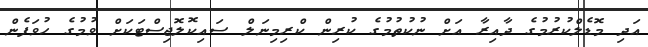
އަދި މޮޑެލްކުރުމުގެ ދާއިރާ އަށް ނުކުތުމުގެ ކުރިން ކްރިމިނަލް ސައިކޮލޮޖިސްޓަކަށް ވުމުގެ ހުވަފެން